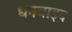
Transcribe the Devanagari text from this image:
धनबाइद